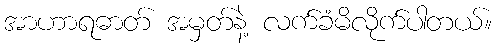
အာဟာရဓာတ် အမှတ်နဲ့ လက်ခံမိလိုက်ပါတယ်။